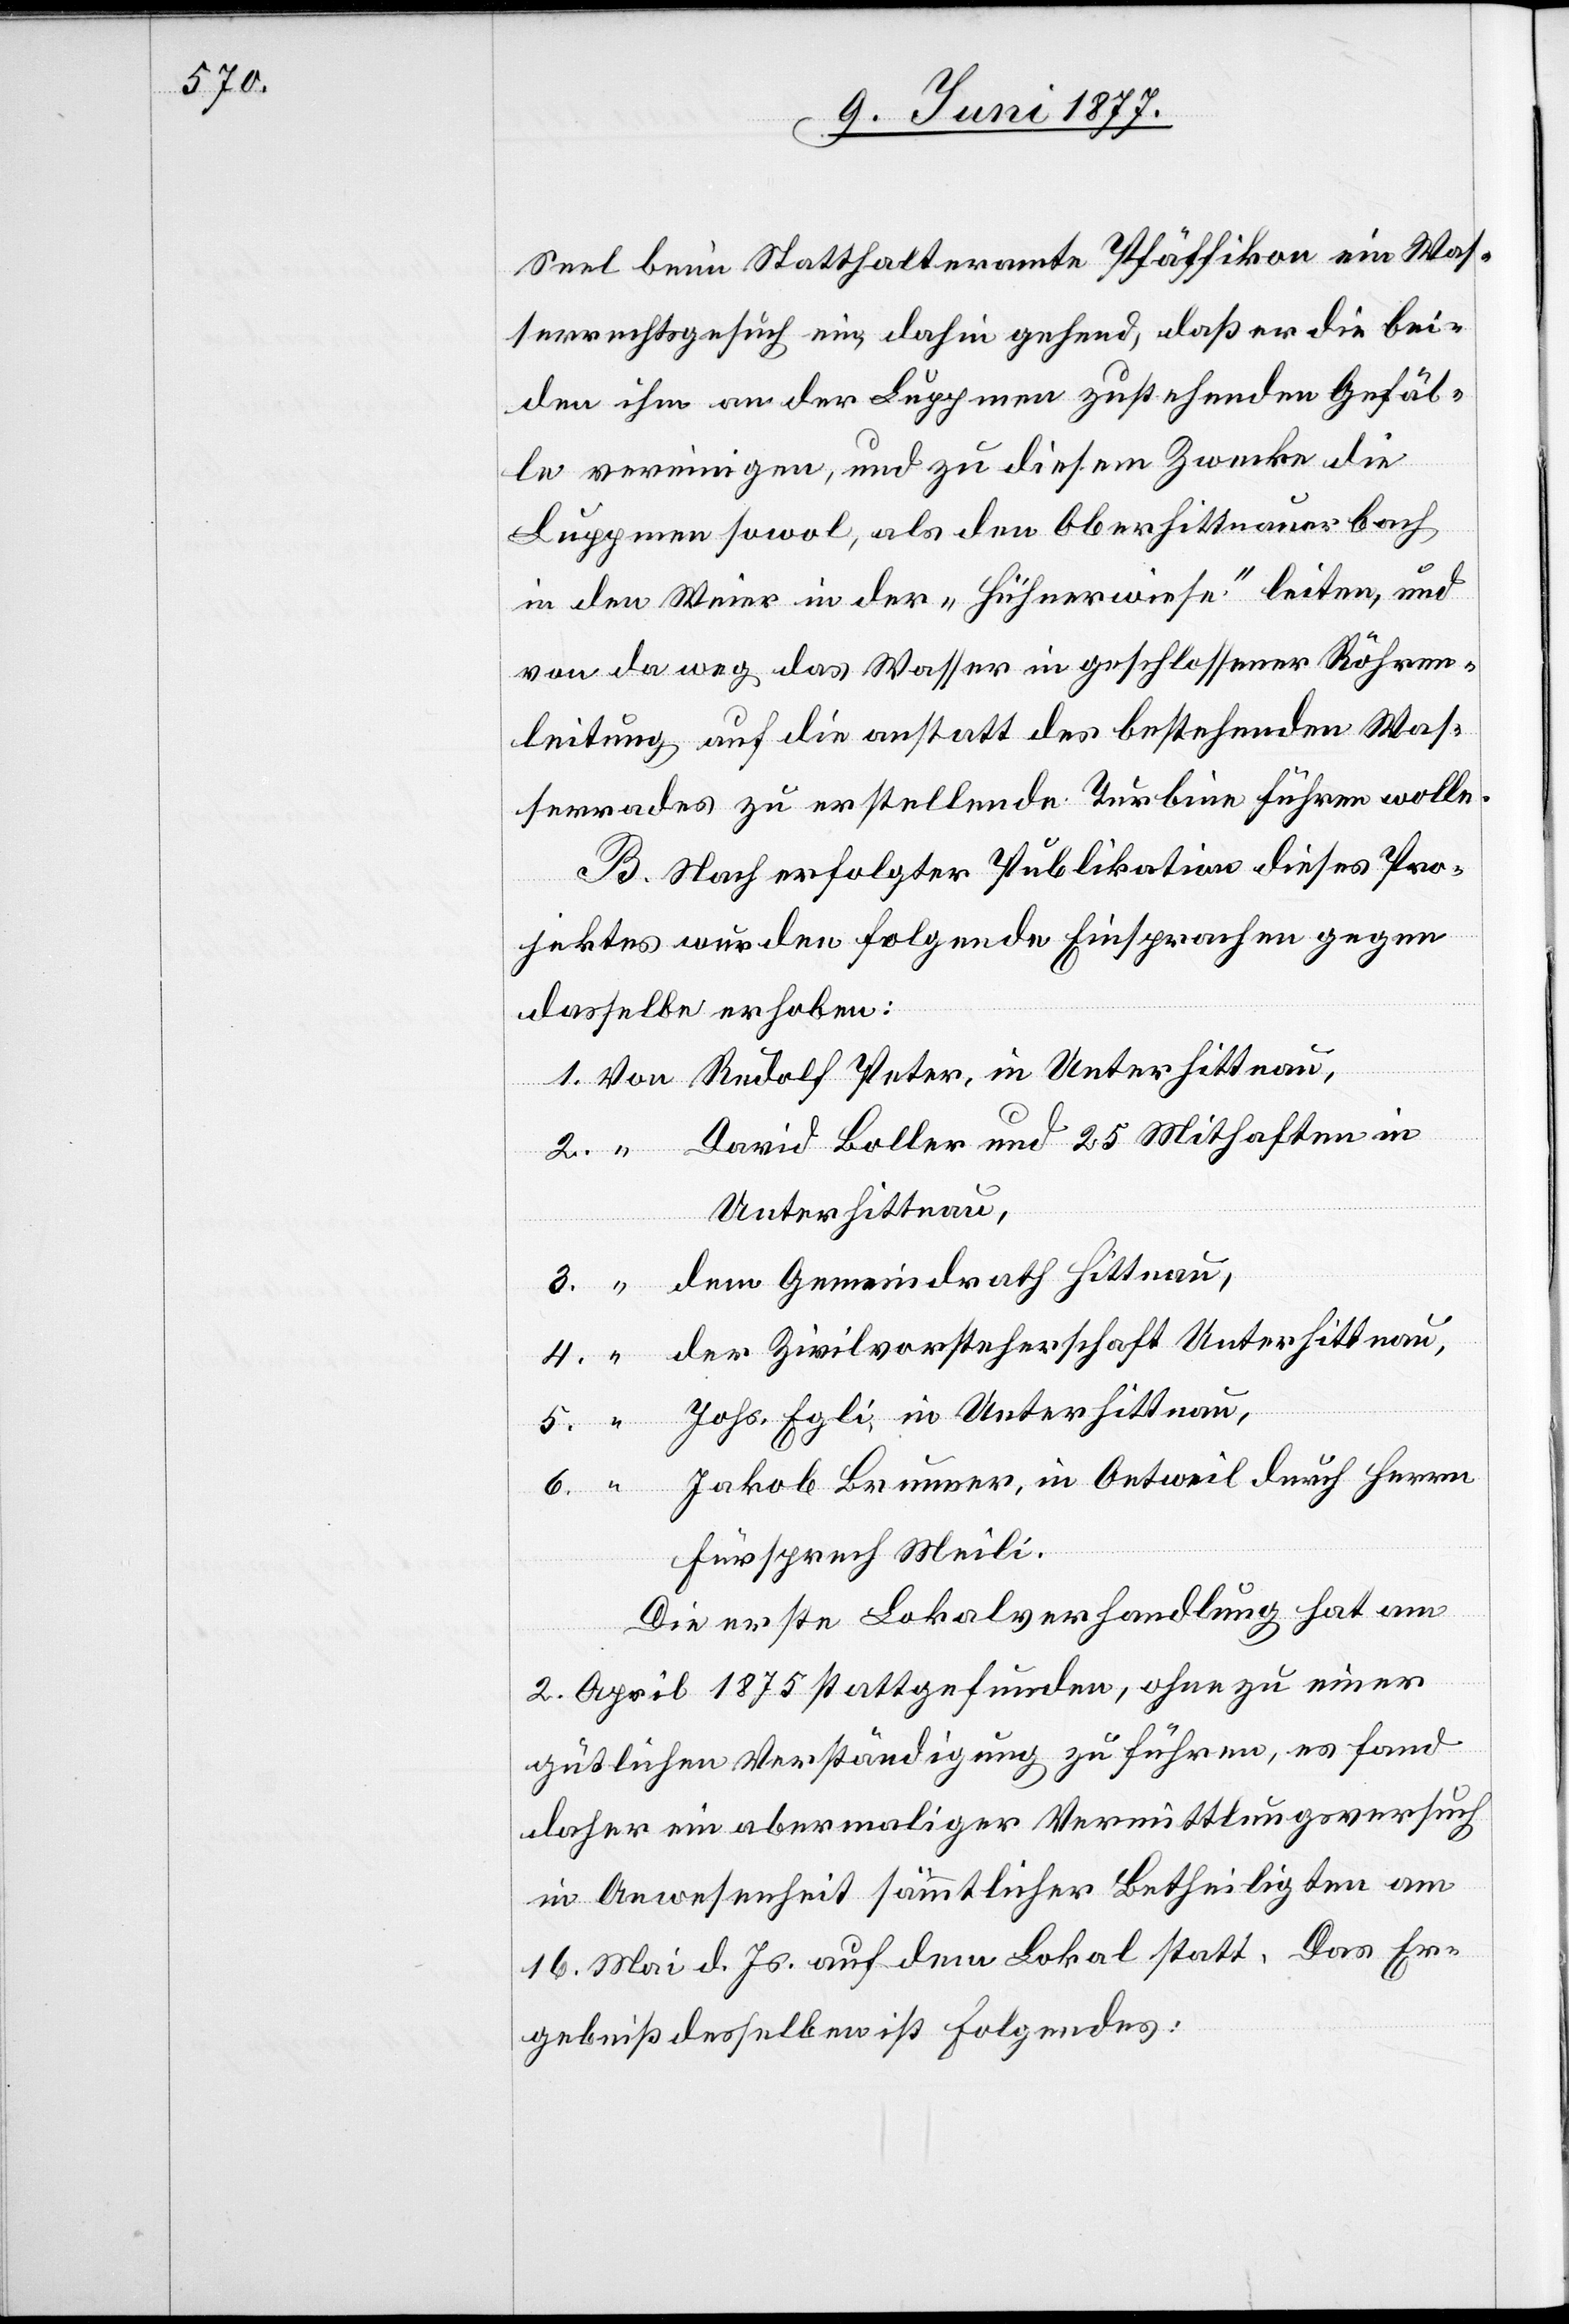
Seel beim Statthalteramte Pfäffikon ein Was¬
serrechtsgesuch ein, dahin gehend, daß er die bei¬
den ihm an der Luppmen zustehenden Gefäl¬
le vereinigen, und zu diesem Zwecke die
Luppmen sowol, als den Oberhittnauerbach
in den Weier in der „Hühnerwiese“ leiten, und
von da weg das Wasser in geschlossener Röhren¬
leitung auf die anstatt des bestehenden Was¬
serrades zu erstellende Turbine führen wolle.
B. Nach erfolgter Publikation dieses Pro¬
jektes wurden folgende Einsprachen gegen
dasselbe erhoben:
Rudolf Peter, in Unterhittnau,
David Boller und 25 Mithaften in
Unterhittnau,
der Zivilvorsteherschaft Unterhittnau,
Johs. Egli in Unterhittnau,
Jakob Brunner, in Oetweil durch Herrn
Fürsprech Meili.
Die erste Lokalverhandlung hat am
2. April 1875 stattgefunden, ohne zu einer
gütlichen Verständigung zu führen, es fand
daher ein abermaliger Vermittlungsversuch
in Anwesenheit sämmtlicher Betheiligten am
16. Mai d. Js. auf dem Lokal statt. Das Er¬
gebniß desselben ist Folgendes: